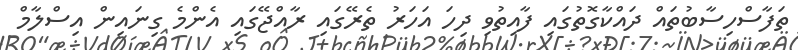
ތަފާސްހިސާބުތައް ދައްކާގޮތުގައި ފާއިތުވި ދިހަ އަހަރު ތެރޭގައި ރާއްޖޭގައި އެންމެ ގިނައިން އިސްލާމް